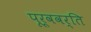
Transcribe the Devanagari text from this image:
पूर्ववर्ति